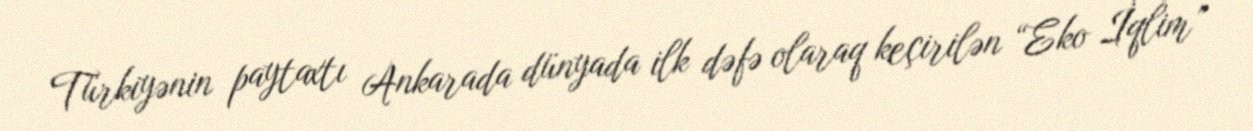
Türkiyənin paytaxtı Ankarada dünyada ilk dəfə olaraq keçirilən “Eko İqlim”